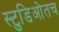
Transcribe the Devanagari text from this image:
स्टुडिओतच